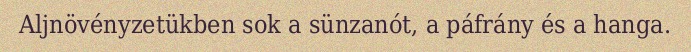
Aljnövényzetükben sok a sünzanót, a páfrány és a hanga.